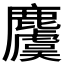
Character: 𪋬